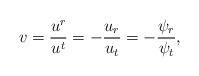
\begin{align*} v=\frac{u^r}{u^t}=-\frac{u_r}{u_t}=-\frac{\psi_r}{\psi_t},\end{align*}